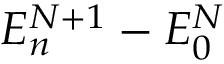
E _ { n } ^ { N + 1 } - E _ { 0 } ^ { N }